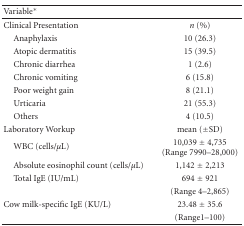
<table><thead><tr><td><b>Variable*</b></td><td></td></tr></thead><tbody><tr><td>Clinical Presentation</td><td><i>n</i> (%)</td></tr><tr><td> Anaphylaxis</td><td>10 (26.3)</td></tr><tr><td> Atopic dermatitis</td><td>15 (39.5)</td></tr><tr><td> Chronic diarrhea</td><td>1 (2.6)</td></tr><tr><td> Chronic vomiting</td><td>6 (15.8)</td></tr><tr><td> Poor weight gain</td><td>8 (21.1)</td></tr><tr><td> Urticaria</td><td>21 (55.3)</td></tr><tr><td> Others</td><td>4 (10.5)</td></tr><tr><td>Laboratory Workup</td><td>mean (±SD)</td></tr><tr><td> WBC (cells/<i>μ</i>L)</td><td>10,039 ± 4,735 (Range 7990–28,000)</td></tr><tr><td> Absolute eosinophil count (cells/<i>μ</i>L)</td><td>1,142 ± 2,213</td></tr><tr><td> Total IgE (IU/mL)</td><td>694 ± 921</td></tr><tr><td></td><td>(Range 4–2,865)</td></tr><tr><td>Cow milk-specific IgE (KU/L)</td><td>23.48 ± 35.6</td></tr><tr><td></td><td>(Range1–100)</td></tr></tbody></table>